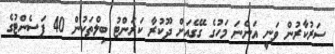
ސަރުކާރުން ވަނީ އަންނަ މަހުގެ ގޭގެއަށް ދޫކުރާ ކަރަންޓު ބިލްތަކުން 40 ޕަސެންޓުގެ